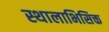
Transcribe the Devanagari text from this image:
स्थालाभिसिक्त